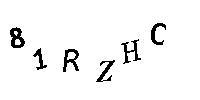
81RZHC